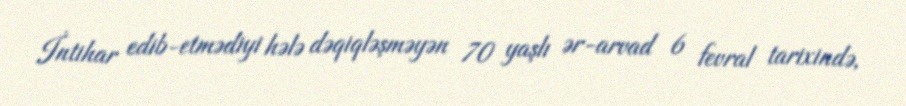
İntihar edib-etmədiyi hələ dəqiqləşməyən 70 yaşlı ər-arvad 6 fevral tarixində,